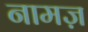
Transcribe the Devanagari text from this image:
नामज़